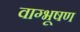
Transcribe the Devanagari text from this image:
वाग्भूषण